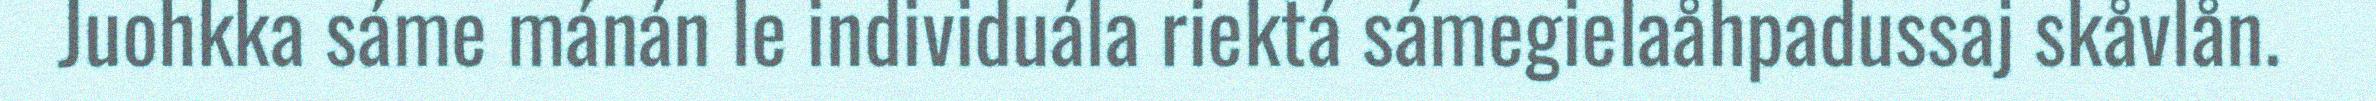
Juohkka sáme mánán le individuála riektá sámegielaåhpadussaj skåvlån.